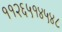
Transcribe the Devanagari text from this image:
११२६५१४५४८